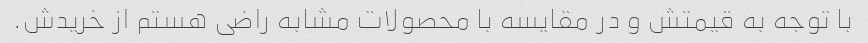
با توجه به قیمتش و در مقایسه با محصولات مشابه راضی هستم از خریدش.